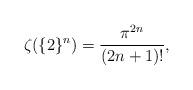
LaTeX: \begin{align*} \zeta(\{2\}^n)=\frac{\pi^{2n}}{(2n+1)!},\end{align*}